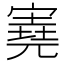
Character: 𡪩